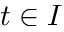
t \in I